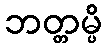
ဘတ္တမ္ပိ